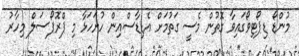
މުންޑޯ ޑިޕޯޓިވޯގައިވާ ގޮތުން މެސީ ގަތުމަށް އެޑިޑާސްއިން ހުށަހަޅާ މި ޕްރޮޕޯސަލް މިހާރު